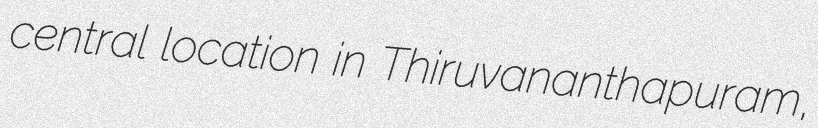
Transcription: central location in Thiruvananthapuram,